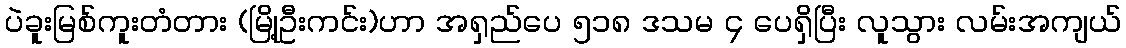
ပဲခူးမြစ်ကူးတံတား (မြို့ဦးကင်း)ဟာ အရှည်ပေ ၅၁၈ ဒသမ ၄ ပေရှိပြီး လူသွား လမ်းအကျယ်